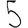
Digit: 5